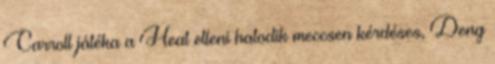
Carroll játéka a Heat elleni hatodik meccsen kérdéses, Deng